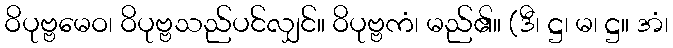
ဝိပုဗ္ဗမေဝ၊ ဝိပုဗ္ဗသည်ပင်လျှင်။ ဝိပုဗ္ဗကံ၊ မည်၏။ (ဒီ၊ ဋ္ဌ၊ မ၊ ဋ္ဌ။ အံ၊